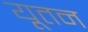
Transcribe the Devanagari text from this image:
यूतन